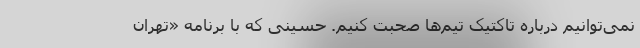
نمی‌توانیم درباره تاکتیک تیم‌ها صحبت کنیم. حسینی که با برنامه «تهران